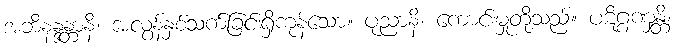
အဘိနန္ဒန္တာနိ၊ အလွန်နှစ်သက်ခြင်းရှိကုန်သော။ ပုညာနိ၊ ကောင်းမှုတို့သည်။ ပဋိဂ္ဂဏှန္တိ၊